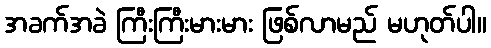
အခက်အခဲ ကြီးကြီးမားမား ဖြစ်လာမည် မဟုတ်ပါ။